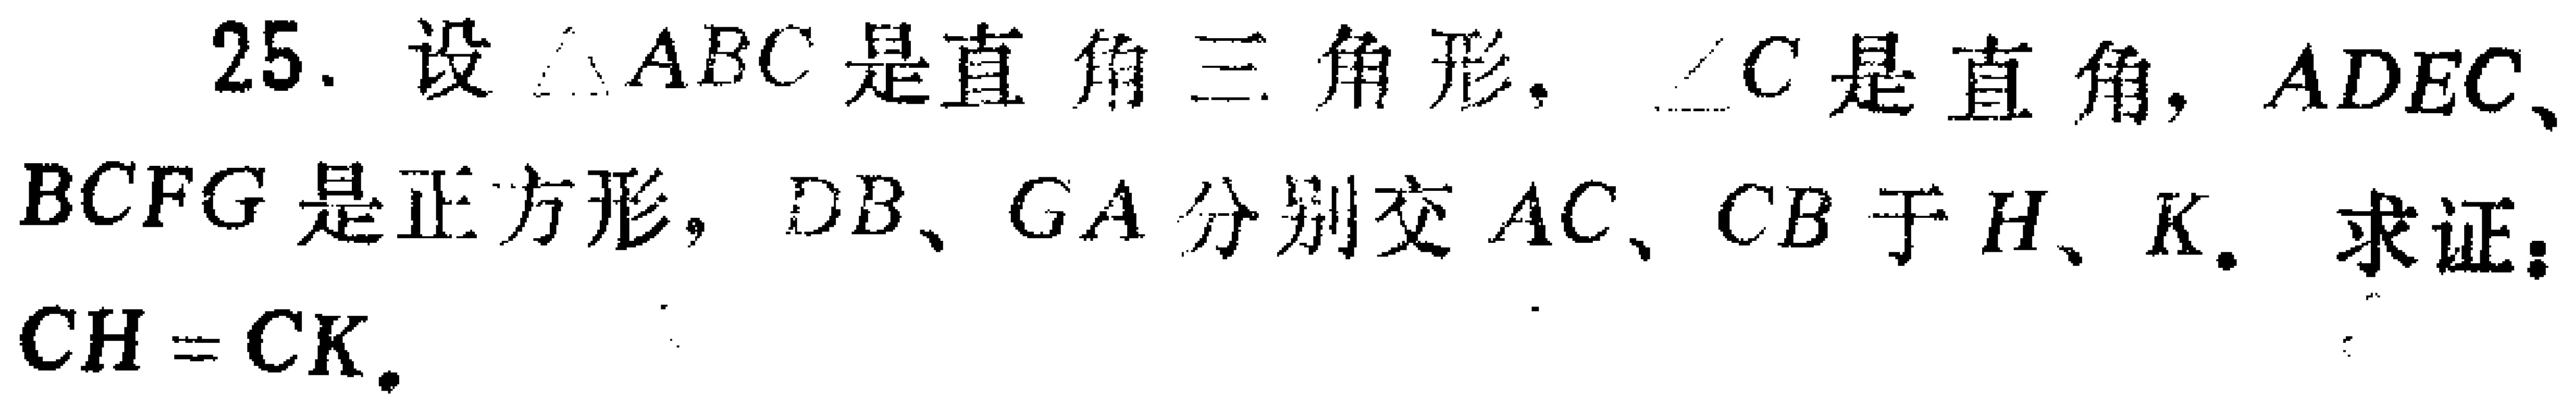
25. 设\(\triangle ABC\)是直角三角形，\(\angle C\)是直角，\(ADEC\)、\(BCFG\)是正方形，\(DB\)、\(GA\)分别交\(AC\)、\(CB\)于\(H\)、\(K\)。求证：\(CH = CK\)。